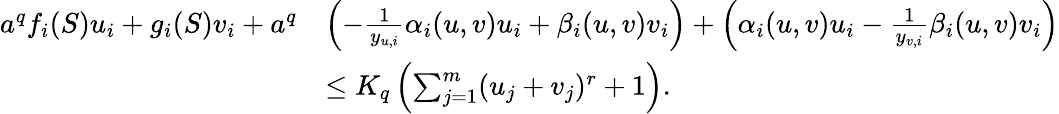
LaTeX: \begin{array}{rl}{a^{q}f_{i}(S)u_{i}+g_{i}(S)v_{i}+a^{q}}&{\left(-\frac{1}{y_{u,i}}\alpha_{i}(u,v)u_{i}+\beta_{i}(u,v)v_{i}\right)+\left(\alpha_{i}(u,v)u_{i}-\frac{1}{y_{v,i}}\beta_{i}(u,v)v_{i}\right)}\\ &{\le K_{q}\left(\sum_{j=1}^{m}(u_{j}+v_{j})^{r}+1\right).}\end{array}